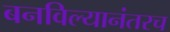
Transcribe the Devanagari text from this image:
बनविल्यानंतरच